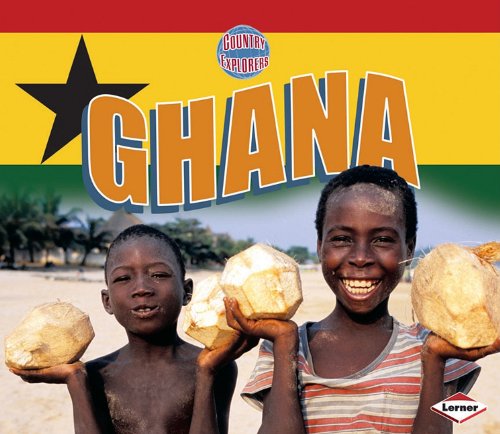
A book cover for Ghana (Country Explorers); Lyn Larson; Children's Books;